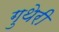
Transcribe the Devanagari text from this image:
गुथेरी